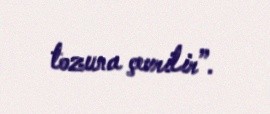
tozuna çevrilir”.